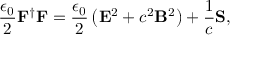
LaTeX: { \frac { \epsilon _ { 0 } } { 2 } } \mathbf { F } ^ { \dagger } \mathbf { F } = { \frac { \epsilon _ { 0 } } { 2 } } \left( \mathbf { E } ^ { 2 } + c ^ { 2 } \mathbf { B } ^ { 2 } \right) + { \frac { 1 } { c } } \mathbf { S } ,